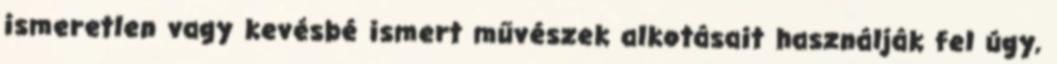
ismeretlen vagy kevésbé ismert művészek alkotásait használják fel úgy,